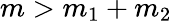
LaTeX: m>m_{1}+m_{2}